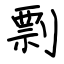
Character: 剽